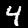
Digit: 4